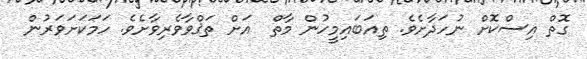
ގޮތް އިސްކޮށް ނުހަދާށެވެ. ތިއަބައިމީހުން މާތް  އަށް ތަޤްވާވެރިވާށެވެ. ހަމަކަށަވަރުން